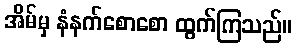
အိမ်မှ နံနက်စောစော ထွက်ကြသည်။